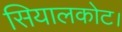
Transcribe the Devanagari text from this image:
सियालकोट।